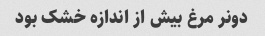
دونر مرغ بیش از اندازه خشک بود